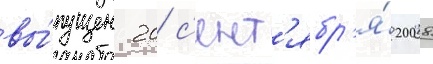
вы́пущен 20 с'ент'ябр'я́ 2008